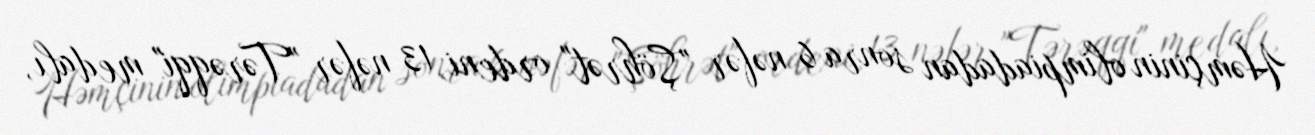
Həmçinin olimpiadadan sonra 6 nəfər "Şöhrət" ordeni, 13 nəfər "Tərəqqi" medalı,